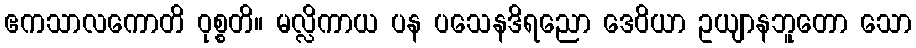
ဧကသာလကောတိ ဝုစ္စတိ။ မလ္လိကာယ ပန ပသေနဒိရညော ဒေဝိယာ ဥယျာနဘူတော သော